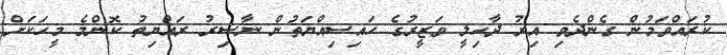
ކުރައްވަމުން ގެންދެވި އިރު ދާހިލީ ވަޒީރުގެ ހައިސިއްޔަތުން ނާސިރު ރައްޔިތު ކޮންމެ މީހަކަށް